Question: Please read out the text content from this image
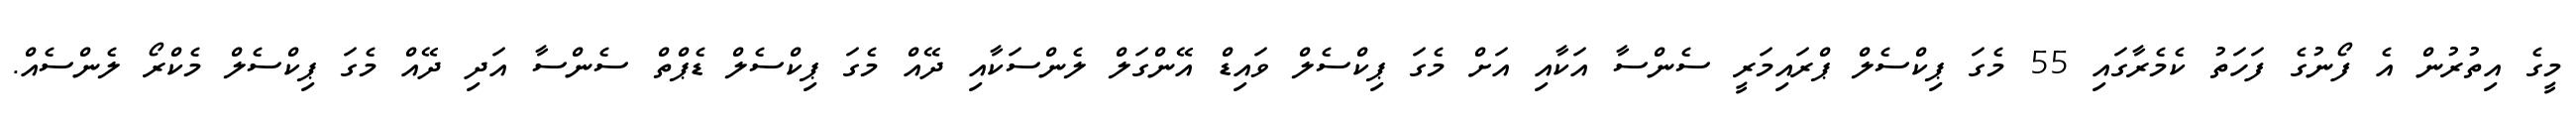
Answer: މީގެ އިތުރުން އެ ފޯނުގެ ފަހަތު ކެމެރާގައި 55 މެގަ ޕިކްސެލް ޕްރައިމަރީ ސެންސާ އަކާއި އަށް މެގަ ޕިކްސެލް ވައިޑް އޭންގަލް ލެންސަކާއި ދޭއް މެގަ ޕިކްސެލް ޑެޕްތް ސެންސާ އަދި ދޭއް މެގަ ޕިކްސެލް މެކްރޯ ލެންސެއް.